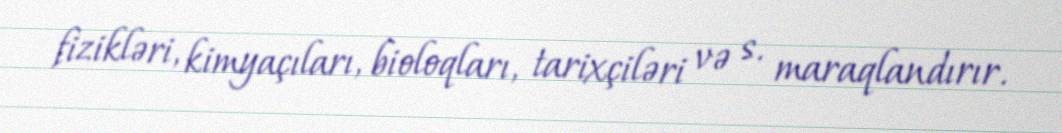
fizikləri, kimyaçıları, bioloqları, tarixçiləri və s. maraqlandırır.